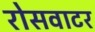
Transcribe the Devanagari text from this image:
रोसवाटर